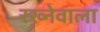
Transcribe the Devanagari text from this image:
रख्नेवाला